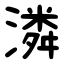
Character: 潾